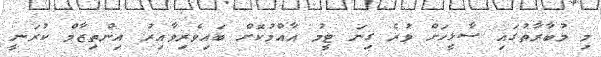
މި މުބާރާތުގައި ސާޅީހަށް ވުރެ ގިނަ ޓީމު އާއްމުކޮށް ބައިވެރިވާއިރު އިންތިޒާމް ކުރަނީ